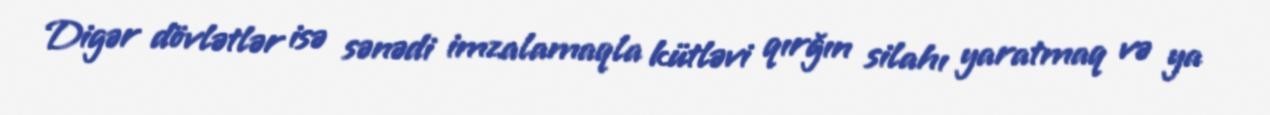
Digər dövlətlər isə sənədi imzalamaqla kütləvi qırğın silahı yaratmaq və ya